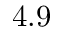
4 . 9